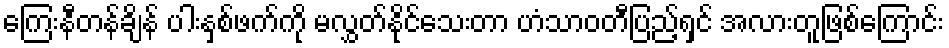
ကြေးနီတန်ချိန် ပါးနှစ်ဖက်ကို မလွှတ်နိုင်သေးတာ ဟံသာဝတီပြည့်ရှင် အလားတူဖြစ်ကြောင်း